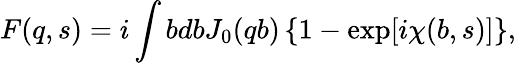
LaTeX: F(q,s)=i\int bdbJ_{0}(qb)\left\{ 1-\exp[i\chi(b,s)]\right\} ,